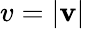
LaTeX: v=\left|\textbf{v}\right|